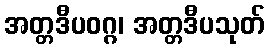
အတ္တဒီပဝဂ္ဂ၊ အတ္တဒီပသုတ်